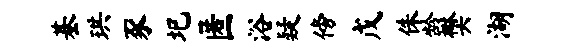
基珙豕圯匿浴疑傍戊侏龄樊湖